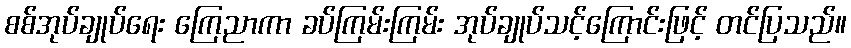
စစ်အုပ်ချုပ်ရေး ကြေညာကာ ခပ်ကြမ်းကြမ်း အုပ်ချုပ်သင့်ကြောင်းဖြင့် တင်ပြသည်။